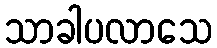
သာခါပလာသေ